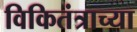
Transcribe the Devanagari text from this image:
विकितंत्राच्या